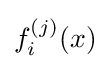
f_{i}^{(j)}(x)